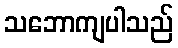
သဘောကျပါသည်